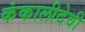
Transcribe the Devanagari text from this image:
कंकालीदेवी